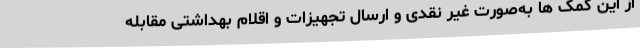
از این کمک ها به‌صورت غیر نقدی و ارسال تجهیزات و اقلام بهداشتی مقابله